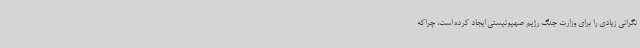
نگرانی زیادی را برای وزارت جنگ رژیم صهیونیستی ایجاد کرده است، چراکه